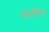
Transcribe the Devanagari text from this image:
दीर्घायित